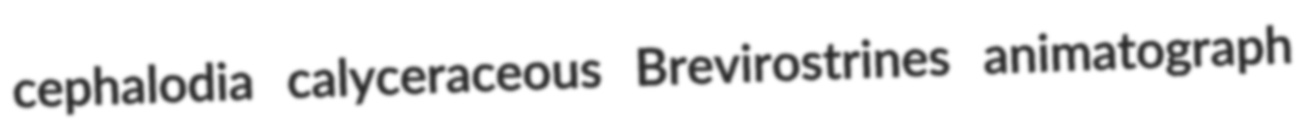
cephalodia calyceraceous Brevirostrines animatograph